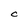
Character: C